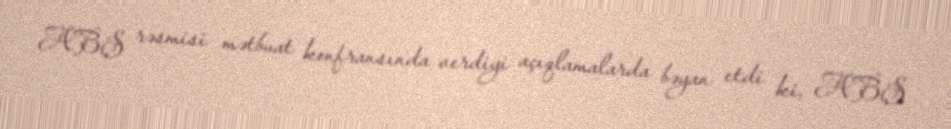
ABŞ rəsmisi mətbuat konfransında verdiyi açıqlamalarda bəyan etdi ki, ABŞ